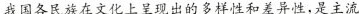
我国各民族在文化上呈现出的多样性和差异性，是主流